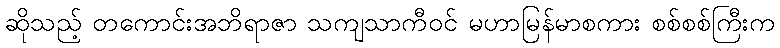
ဆိုသည့် တကောင်းအဘိရာဇာ သကျသာကီဝင် မဟာမြန်မာစကား စစ်စစ်ကြီးက